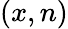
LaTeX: (x,n)